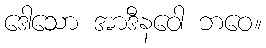
ဒေါသော အာဒီနဝေါ ဘဝေ။